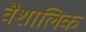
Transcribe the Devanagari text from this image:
वैशालिक